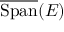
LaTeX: { \overline { { \operatorname { S p a n } } } } ( E )